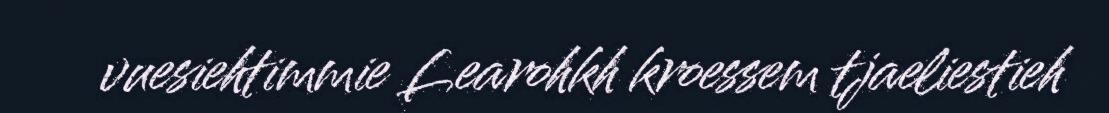
vuesiehtimmie Learohkh kroessem tjaeliestieh